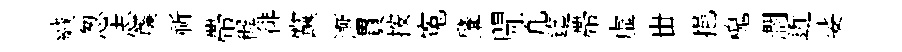
緘怱志簾祈帶穉徘黨漸貫按寃肇閜凢迄帶虛丗挹槐濶近娑